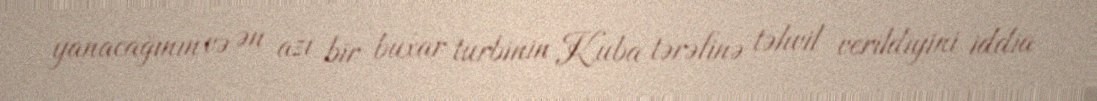
yanacağının və ən azı bir buxar turbinin Kuba tərəfinə təhvil verildiyini iddia